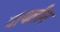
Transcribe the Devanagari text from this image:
वायलीन